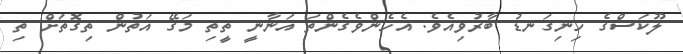
ލޫކަސްގެ ހިނިގަނޑު ބާރުވިއެވެ. އެހެންވެގެންތަ އަނާނީ ތީތި މަގޭ އަތުން ތިގޮތަށް ތި